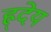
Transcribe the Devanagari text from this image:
ह्र्देय